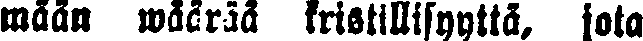
maan wäärää kristillisyyttä, jota